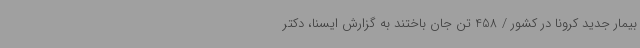
بیمار جدید کرونا در کشور / 458 تن جان باختند به گزارش ایسنا، دکتر